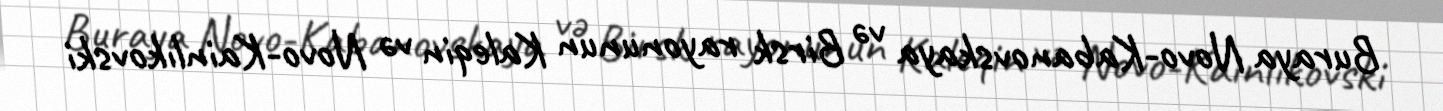
Buraya Novo-Kabanovskaya və Birsk rayonunun Kaleqin və Novo-Kainlıkovski